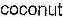
COCONUT